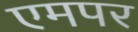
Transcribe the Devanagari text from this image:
एमपर